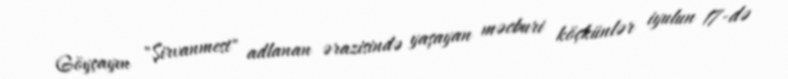
Göyçayın "Şirvanmest" adlanan ərazisində yaşayan məcburi köçkünlər iyulun 17-də